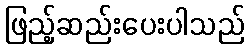
ဖြည့်ဆည်းပေးပါသည်